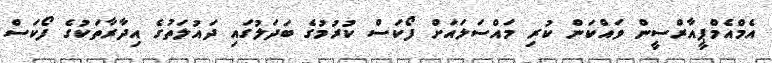
އެމްއެމްޕީއާރްސީން ވައްކަން ކުރި މައްސަލައަށް ފޯކަސް ކުރުމުގެ ބަދަލުގައި ދައުލަތުގެ އިދާރާތަކުގެ ފޯކަސް